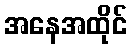
အနေအထိုင်